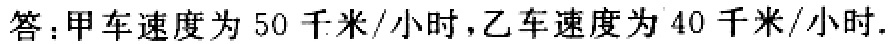
答：甲车速度为 50 千米/小时，乙车速度为 40 千米/小时.